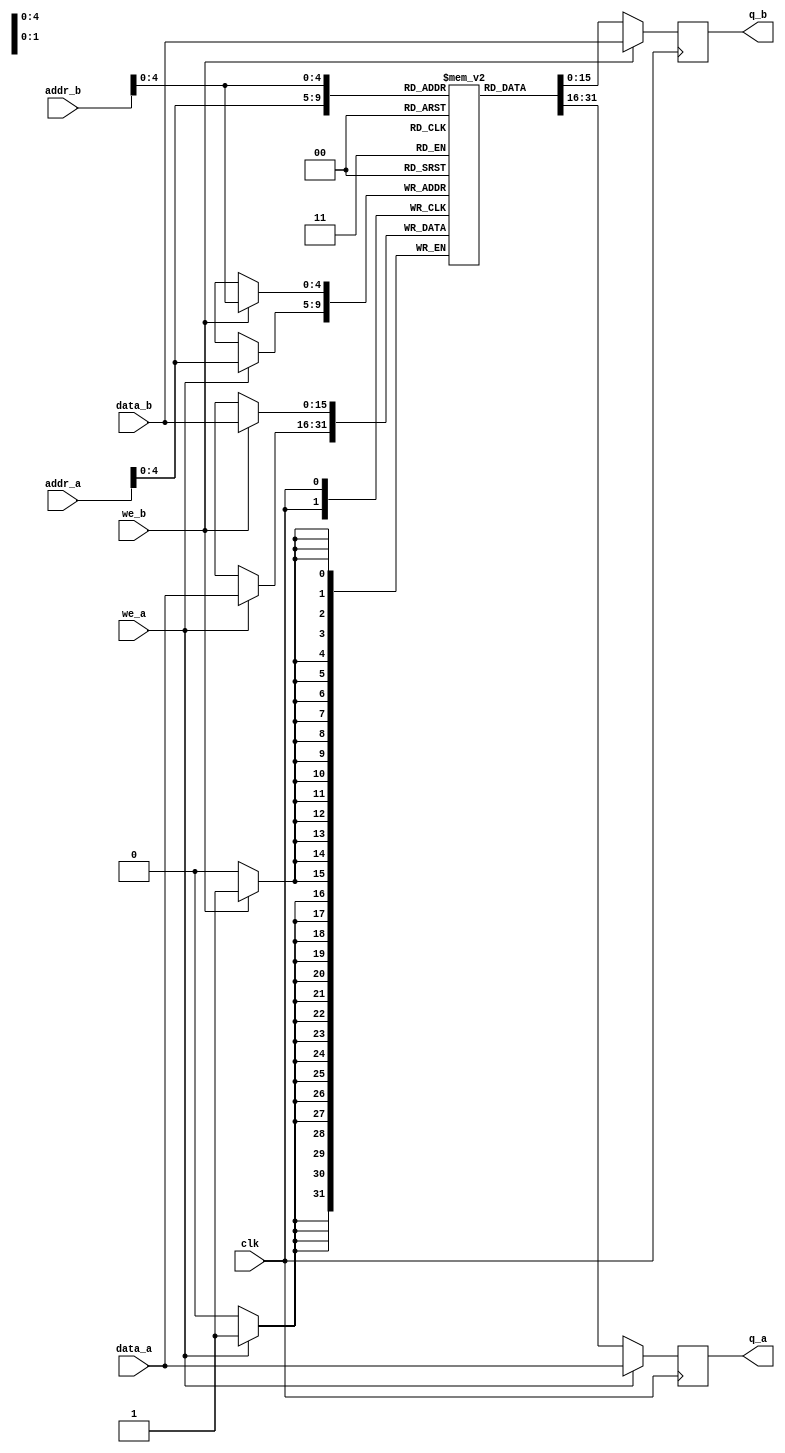
module dpram (
	data_a, data_b, addr_a, addr_b, we_a, we_b, clk,
	q_a, q_b);
	
	parameter addr_width = 8;
	parameter data_width = 16;

	input [data_width-1:0] data_a, data_b;
	input [addr_width-1:0] addr_a, addr_b;
	input we_a, we_b, clk;
	
	output reg [data_width-1:0] q_a, q_b;
	
	// delcare RAM variable
	reg [data_width-1:0] ram[(2^data_width) - 1:0];
	
	// port A
	always @ (posedge clk)
	begin
		if (we_a)
		begin
			ram[addr_a] <= data_a;
			q_a <= data_a;
		end
		else
		begin
			q_a <= ram[addr_a];
		end
	end
	
	// Port B
	always @ (posedge clk)
	begin
		if (we_b)
		begin
			ram[addr_b] <= data_b;
			q_b <= data_b;
		end
		else
		begin
			q_b <= ram[addr_b];
		end
	end
	
endmodule